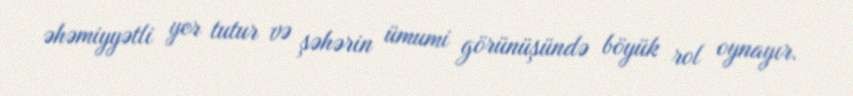
əhəmiyyətli yer tutur və şəhərin ümumi görünüşündə böyük rol oynayır.